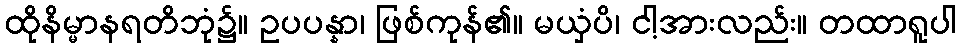
ထိုနိမ္မာနရတိဘုံ၌။ ဥပပန္နာ၊ ဖြစ်ကုန်၏။ မယှံပိ၊ ငါ့အားလည်း။ တထာရူပါ